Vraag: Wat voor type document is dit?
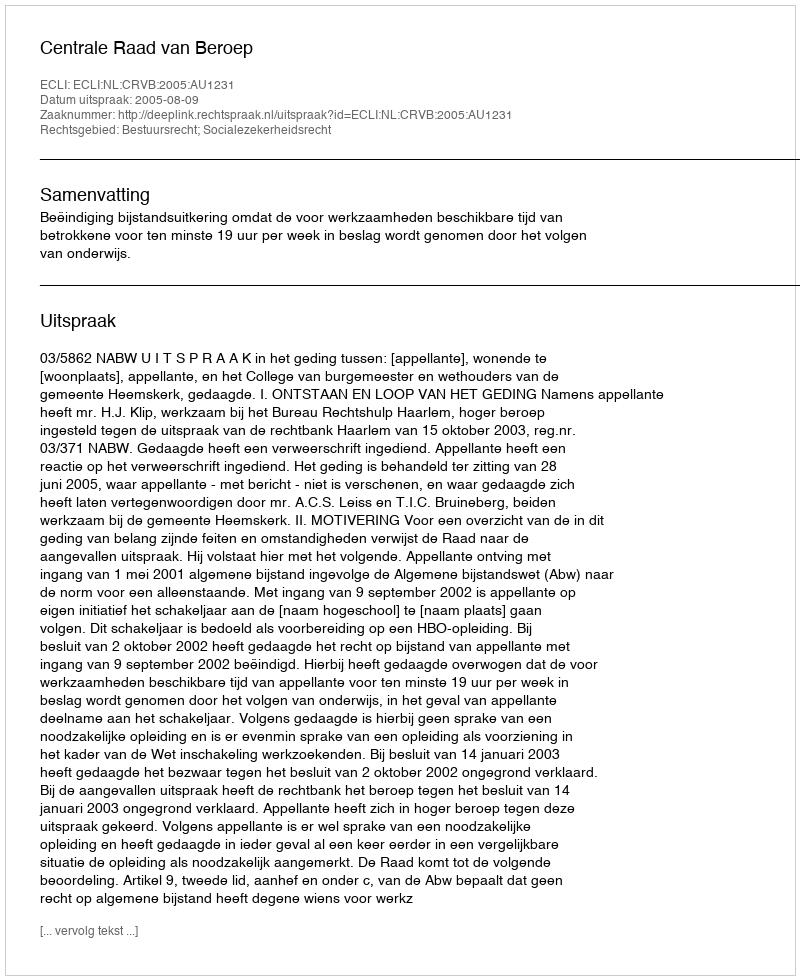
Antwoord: Uitspraak